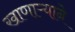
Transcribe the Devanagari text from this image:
खाणाऱ्याने